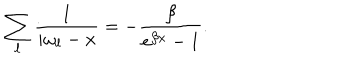
LaTeX: \sum _ { \ell } \frac { 1 } { i \omega _ { \ell } - x } = - \frac { \beta } { e ^ { \beta x } - 1 } .